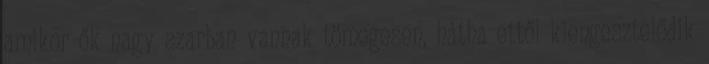
amikor ők nagy szarban vannak tömegesen, hátha ettől kiengesztelődik